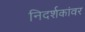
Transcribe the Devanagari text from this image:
निदर्शकांवर